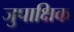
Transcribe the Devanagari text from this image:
जुपाक्षिक